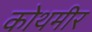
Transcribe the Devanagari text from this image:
कोथमीर